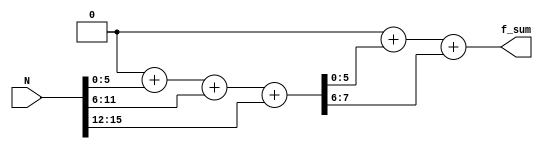
`timescale 1ns / 1ps
//////////////////////////////////////////////////////////////////////////////////
// Module Name: reduce_mod_21
// Module Description: Reduces 16 bit number to a smaller-bit number for residue 
// calculation
//////////////////////////////////////////////////////////////////////////////////



module reduce_mod_21(
    N, f_sum
    );
    //size of N
    localparam N_SIZE = 16;
    //Number wrt whom the modulo will be generated
    localparam MOD = 21;
    //Periodicity = minimum distance between two distinct 1's in the sequence 
    //of residues of powers of 2 taken mod MOD
    localparam PERIOD = 6;
    //NUM_OF_G = Number of PERIOD-bit groups into which input N can be divided
    //         = ceil(N/PERIOD)
    localparam NUM_OF_G = 3;
    //size of NUM_OF_G
    localparam N_G_SIZE = 2;
    //size of total sum
    localparam SUM_SIZE = PERIOD + N_G_SIZE;
    
    // NUM_OF_G1 = ceil(SUM_SIZE/PERIOD)
    localparam NUM_OF_G1 = 2;
    // size of NUM_OF_G1 = size of (NUM_OF_G1 - 1)
    localparam N_G1_SIZE = 1;
    // size of final sum
    localparam F_SUM_SIZE = PERIOD+N_G1_SIZE;
    
    input [15:0] N;
    reg [SUM_SIZE - 1:0] sum;
    reg [SUM_SIZE - 1:0] temp_sum;
    
    wire [PERIOD - 1:0] G [NUM_OF_G - 1:0];
    reg [NUM_OF_G - 1:0] j;
    
    //Divide N into sets of PERIOD length
    genvar i;
    generate
        for(i=0; i<NUM_OF_G-1; i=i+1) begin
            assign G[i] = N[PERIOD*i +: PERIOD];
        end
        assign G[NUM_OF_G -1]= {14'b0,N[N_SIZE-1:(NUM_OF_G-1)*PERIOD]};
    endgenerate
    
    //generate sum
    always @(N) begin
        sum = 0;   
        for(j=0; j<NUM_OF_G; j=j+1) begin
            sum = sum+G[j];
        end
        temp_sum = sum;
    end
    
    // Repeat process only if SUM_SIZE > PERIOD otherwise comment out

    output reg [F_SUM_SIZE - 1:0] f_sum;
    
    wire [PERIOD - 1:0] G1 [NUM_OF_G1 - 1:0];
    //reg [NUM_OF_G1 - 1:0] k;
    reg [NUM_OF_G1 - 1:0] l;
    
    genvar k;
    generate
        if(SUM_SIZE > PERIOD+1) begin
            for(k=0; k<NUM_OF_G1-1; k=k+1) begin
                assign G1[k] = temp_sum[PERIOD*k +: PERIOD];
            end
            assign G1[NUM_OF_G1 -1]= {14'b0,temp_sum[SUM_SIZE-1:(NUM_OF_G1-1)*PERIOD]};
        end
    endgenerate
    
    always@(temp_sum)begin
        f_sum = 0;   
    
        for(l=0; l<NUM_OF_G1; l=l+1) begin
            f_sum = f_sum+G1[l];
        end
    end
    
endmodule